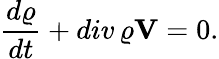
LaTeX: \frac{d\varrho}{dt}+div\, \varrho{\mathbf V}=0.